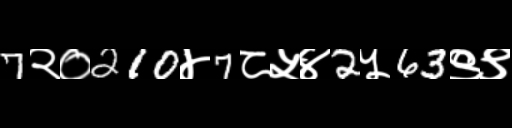
Text: 7२०210४7८५४2५63९९